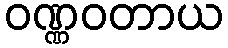
ဝဏ္ဏဝတာယ